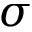
\sigma